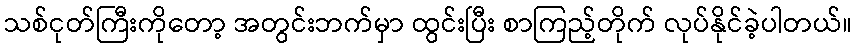
သစ်ငုတ်ကြီးကိုတော့ အတွင်းဘက်မှာ ထွင်းပြီး စာကြည့်တိုက် လုပ်နိုင်ခဲ့ပါတယ်။